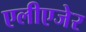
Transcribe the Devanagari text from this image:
एलीएजेर